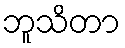
ဘူသိတာ